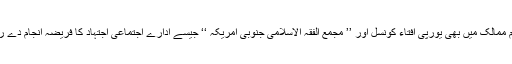
غیر مسلم ممالک میں بھی یورپی افتاء کونسل اور ’’ مجمع الفقہ الاسلامی جنوبی امریکہ ‘‘ جیسے ادارے اجتماعی اجتہاد کا فریضہ انجام دے رہے ہیں۔